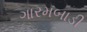
ગારમબાડી